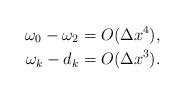
LaTeX: \begin{align*} \omega_0 - \omega_2 = O(\Delta x^4), \\ \omega_k - d_k = O(\Delta x^3). \end{align*}